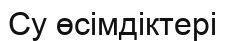
Су өсімдіктері